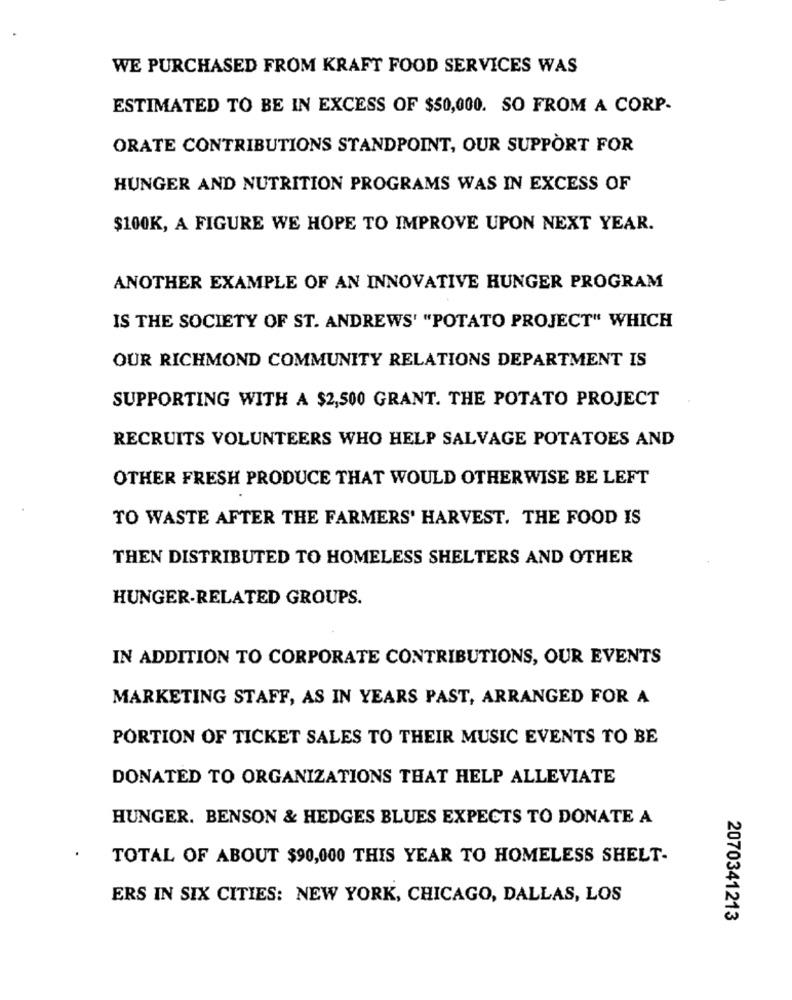
WE PURCHASED FROM KRAFT FOOD SERVICES WAS
ESTIMATED TO BE IN EXCESS OF $50,000. SO FROM A CORP-
ORATE CONTRIBUTIONS STANDPOINT, OUR SUPPORT FOR
HUNGER AND NUTRITION PROGRAMS WAS IN EXCESS OF
$100K, A FIGURE WE HOPE TO IMPROVE UPON NEXT YEAR.
ANOTHER EXAMPLE OF AN INNOVATIVE HUNGER PROGRAM
IS THE SOCIETY OF ST. ANDREWS' "POTATO PROJECT" WHICH
OUR RICHMOND COMMUNITY RELATIONS DEPARTMENT IS
SUPPORTING WITH A $2,500 GRANT. THE POTATO PROJECT
RECRUITS VOLUNTEERS WHO HELP SALVAGE POTATOES AND
OTHER FRESH PRODUCE THAT WOULD OTHERWISE BE LEFT
TO WASTE AFTER THE FARMERS' HARVEST. THE FOOD IS
THEN DISTRIBUTED TO HOMELESS SHELTERS AND OTHER
HUNGER-RELATED GROUPS.
IN ADDITION TO CORPORATE CONTRIBUTIONS, OUR EVENTS
MARKETING STAFF, AS IN YEARS PAST, ARRANGED FOR A
PORTION OF TICKET SALES TO THEIR MUSIC EVENTS TO BE
DONATED TO ORGANIZATIONS THAT HELP ALLEVIATE
HUNGER. BENSON & HEDGES BLUES EXPECTS TO DONATE A
TOTAL OF ABOUT $90,000 THIS YEAR TO HOMELESS SHELT-
ERS IN SIX CITIES: NEW YORK, CHICAGO, DALLAS, LOS
2070341213